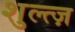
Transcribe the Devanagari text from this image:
शुल्त्ज़